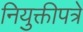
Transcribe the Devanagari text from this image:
नियुक्तीपत्रे